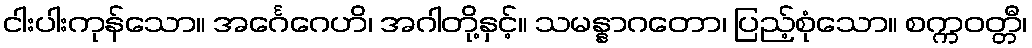
ငါးပါးကုန်သော။ အင်္ဂေဂေဟိ၊ အဂါတို့နှင့်။ သမန္နာဂတော၊ ပြည့်စုံသော။ စက္ကဝတ္တီ၊